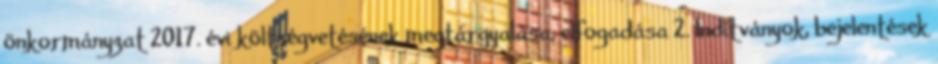
önkormányzat 2017. évi költségvetésének megtárgyalása, elfogadása 2. Indítványok, bejelentések